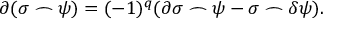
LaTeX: \partial ( \sigma \frown \psi ) = ( - 1 ) ^ { q } ( \partial \sigma \frown \psi - \sigma \frown \delta \psi ) .